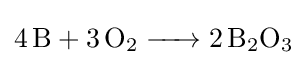
{\ce {4B + 3O2 -> 2B2O3}}